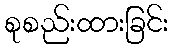
စုစည်းထားခြင်း